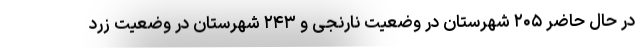
در حال حاضر ۲۰۵ شهرستان در وضعیت نارنجی و ۲۴۳ شهرستان در وضعیت زرد